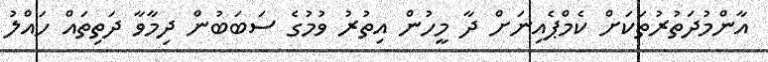
އާންމުދަތުރުތަކަށް ކެމްޕެއިނަށް ދާ މީހުން އިތުރު ވުމުގެ ސަބަބުން ދިމާވާ ދަތިތައް ހައްލު